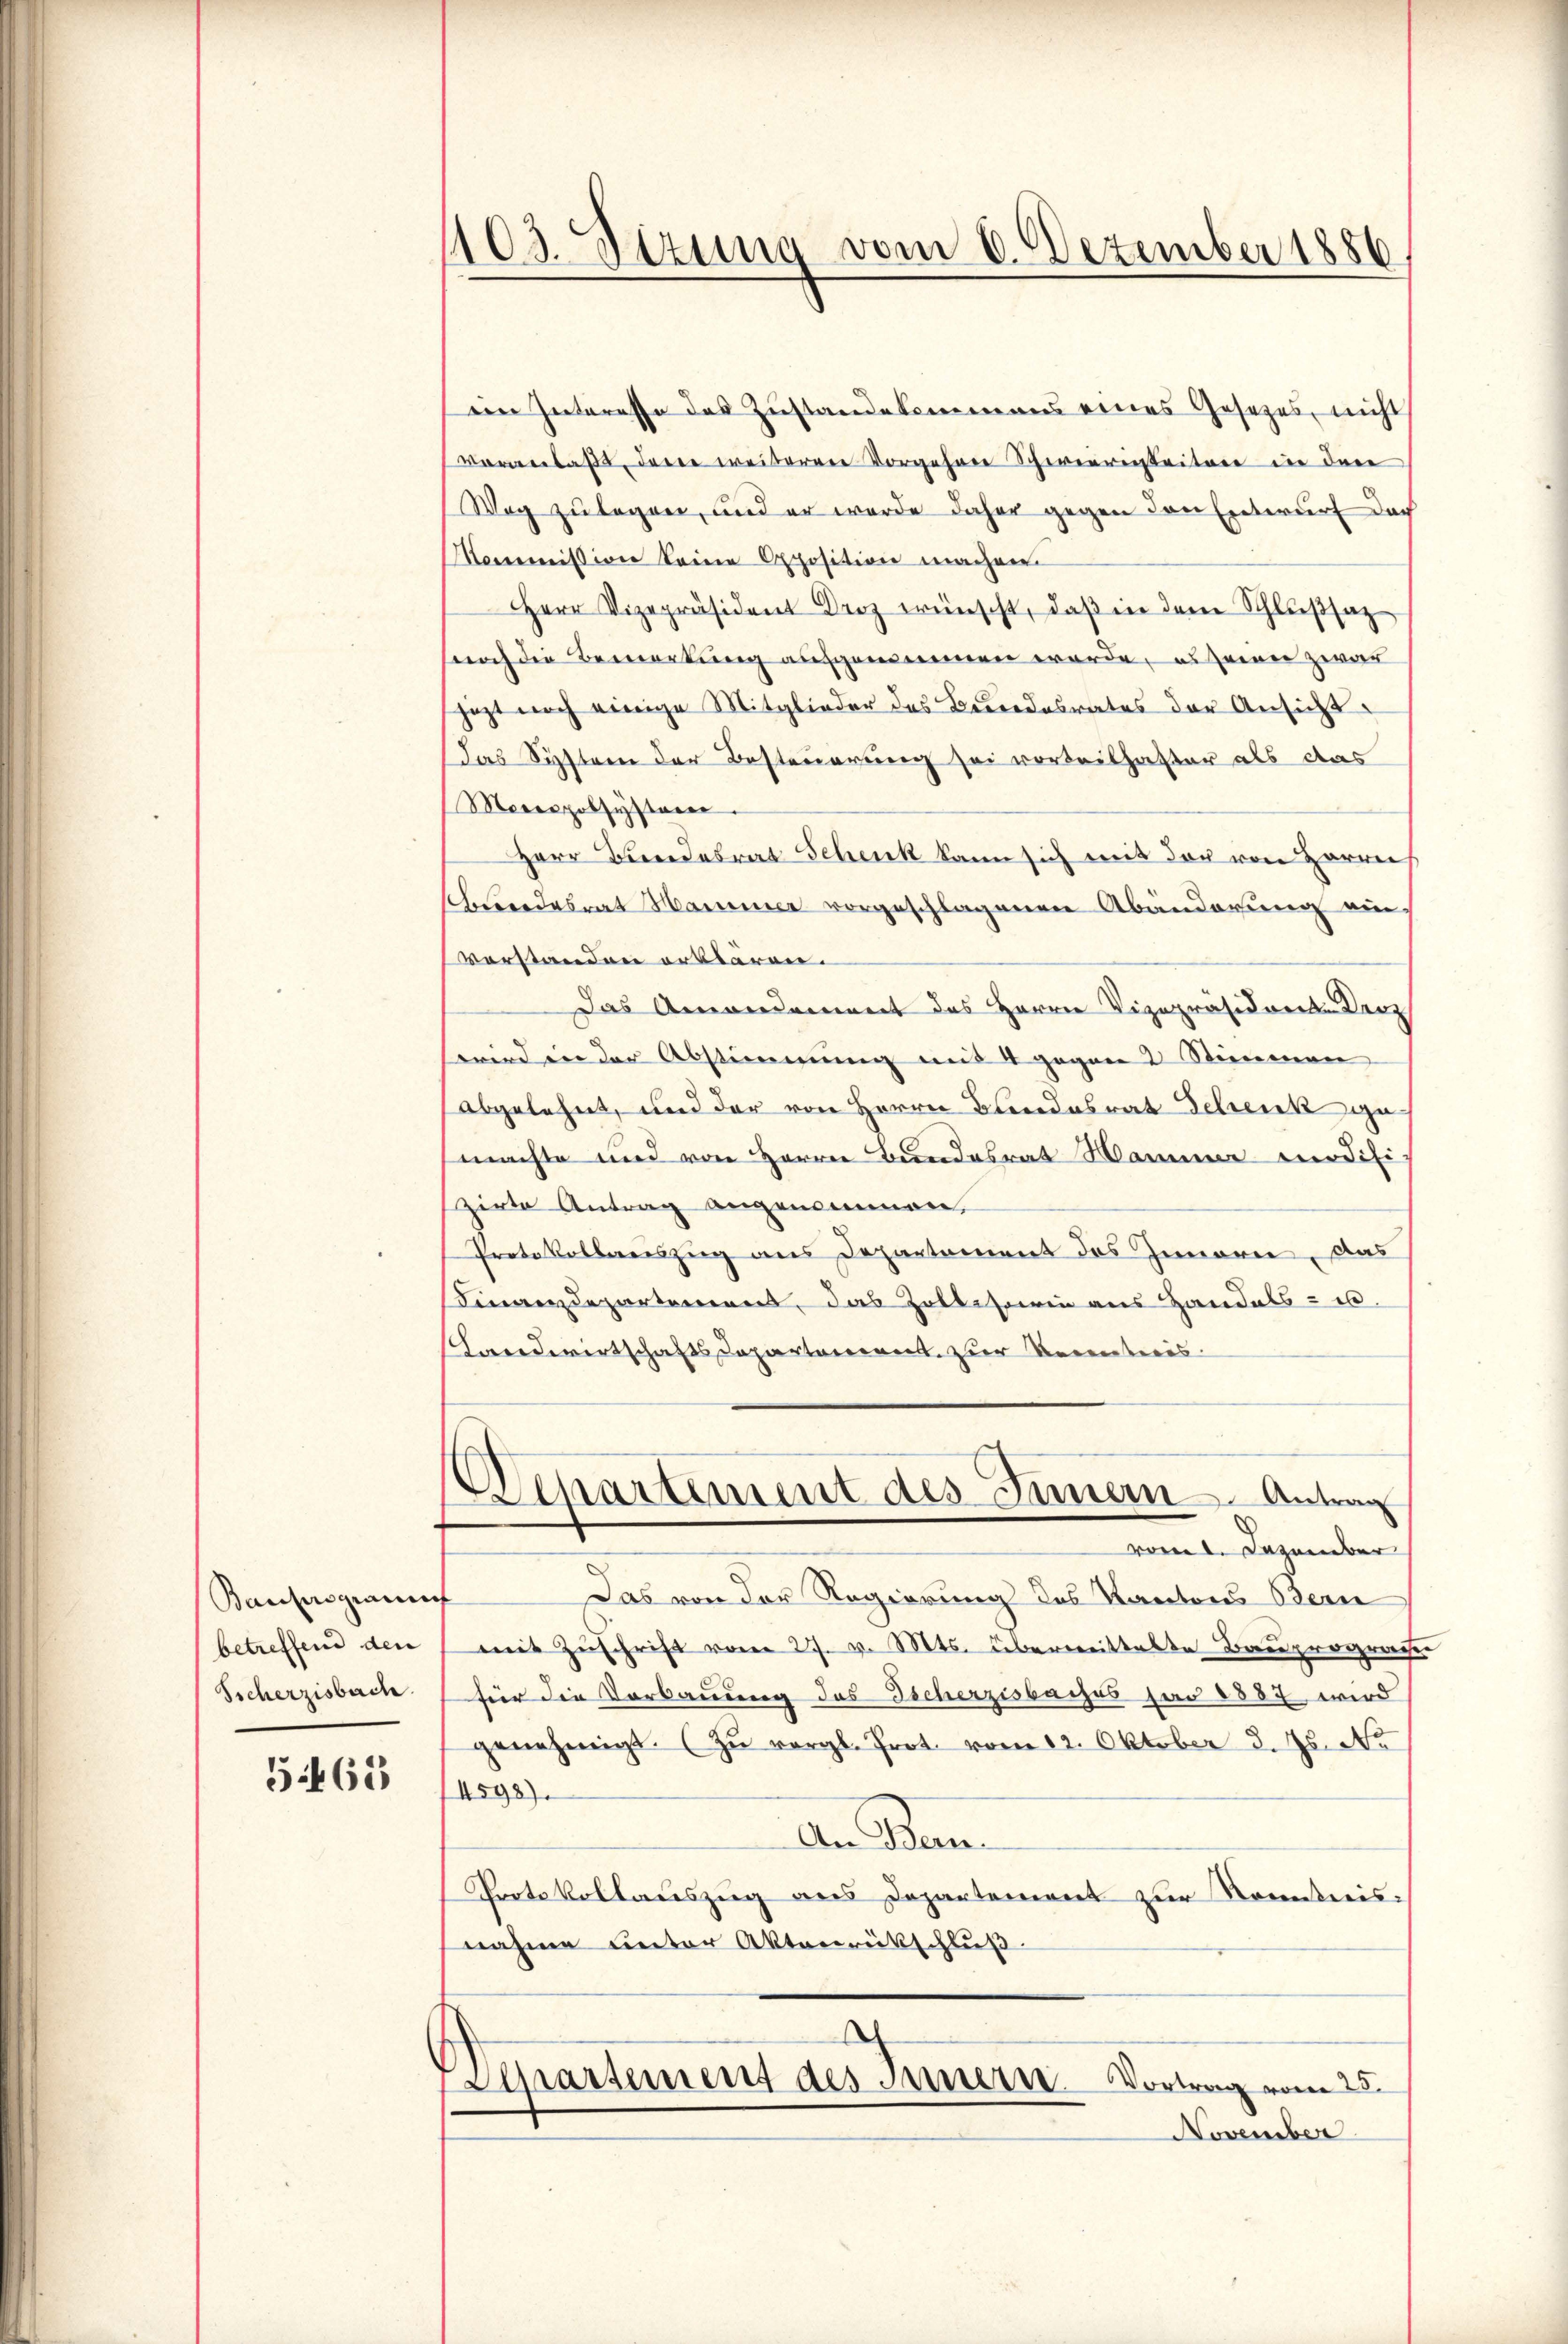
Bantersgrauf
betreffend den
Sicherzisbach.

5465

103. Sizung vom 6. Dezember 1886

ein Interesse des Zŭstandekommens eines Gesetzes, nicht
voranlaßt, dene weiteren Vorgehene Schwieriiseitere in der
Weg zulegen, und er wurde daher gegen den Entwurf doch
Monmmission keine Opposition machen.
Herr Vizepräsident Droz wünscht, daβ in dem Schlußsatz
noch die Bemerkung aufgemeinen werde, es seien zwar
jezt noch einige Mitglieder des Beredesrates der Ansicht
Das System der Besteuerung sei vorteilhafter als das
Merespobsystren
Herr Bundesrat Schenk kann sich mit der von Herrei
shundesrat Mammer vorgeschlagenen Abänderung auf
verstanden erklären.
Das Amondament des Herrn Vizepräsidoren Darz
wird in der Abstimmung mit 4 gegen 2 Stimmen
abgelehnt, und der von Herrn Blindesrat Schenk zu
machte und von Herrn Bundesrat Hammer modifi-
zirte Antrag angenommen,
Protokollauszug aus Departement des Innern, das
Finanzdepartement, das Zollistiren aus Handels- u.
Landwirtschafts Departement zur Verenteris
Departement des Innern Antrag
vom 1. Dezember
Das von der Regierung des Kantons Bern
mit Zŭschrift vom 27. v. Mts. überweittelte Bauprogras
für die Verbauung des Tscherzisbaches jar 1887 wird
genehmigt. (Zu vergl. Prot. vom 12. Oktober d. Js. No.
4598).
An Bem
Protokollauszug aus Departement zur Komitreisnahme unter Aktenrückschluß
Separtement des Innern Vortrag vom 28.
November